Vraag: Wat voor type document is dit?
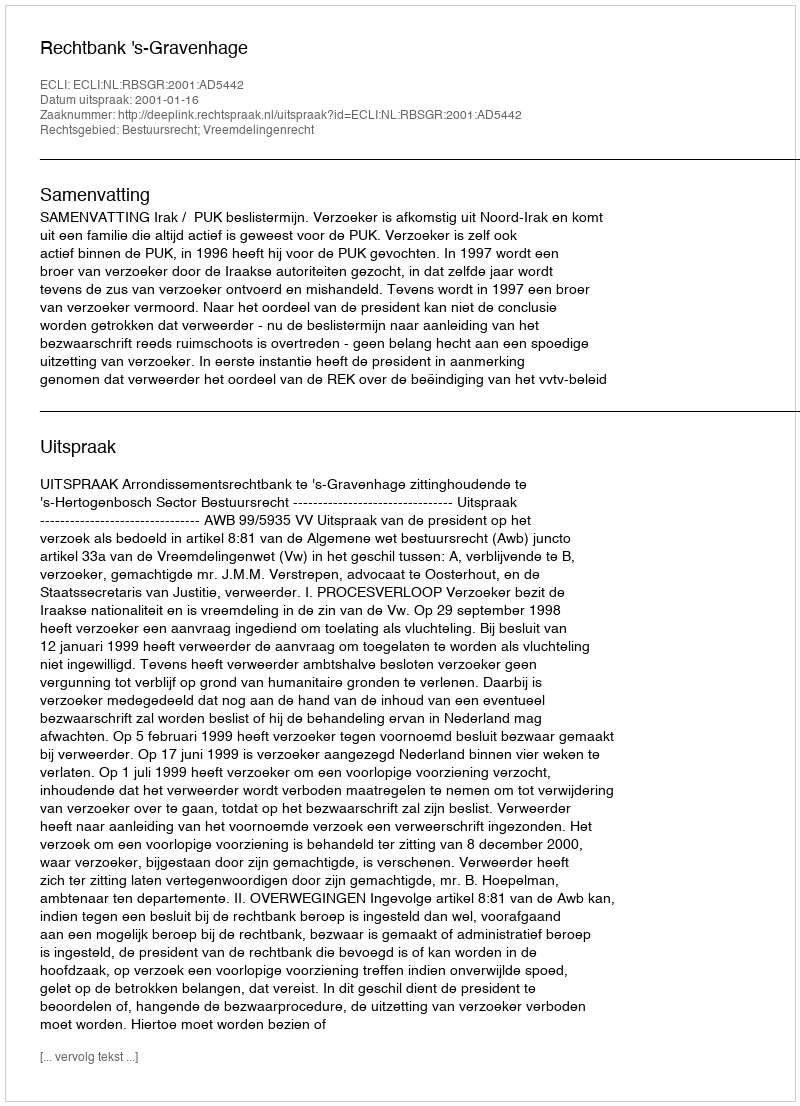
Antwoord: Uitspraak